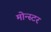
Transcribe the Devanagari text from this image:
मोन्स्टर